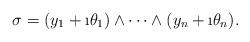
LaTeX: \begin{align*}\sigma=(y_1+\i \theta_1)\wedge\dots\wedge(y_n+\i \theta_n).\end{align*}